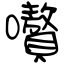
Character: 嚽